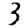
Digit: 3